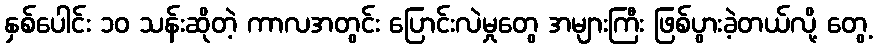
နှစ်ပေါင်း ၁၀ သန်းဆိုတဲ့ ကာလအတွင်း ပြောင်းလဲမှုတွေ အများကြီး ဖြစ်ပွားခဲ့တယ်လို့ တွေ့